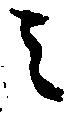
之